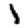
Digit: 1